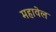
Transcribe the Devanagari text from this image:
महावेल